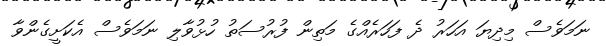
ނަމަވެސް މިދިޔަ އަހަރު ދެ ފަހަރެއްގެ މަތިން ފުރުސަތު ހުޅުވާލި ނަމަވެސް އެކަށީގެންވާ